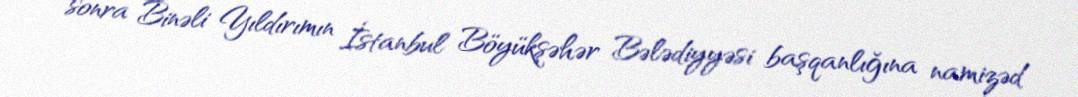
sonra Binəli Yıldırımın İstanbul Böyükşəhər Bələdiyyəsi başqanlığına namizəd